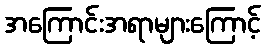
အကြောင်းအရာများကြောင့်